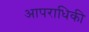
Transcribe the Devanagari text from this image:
आपराधिकी